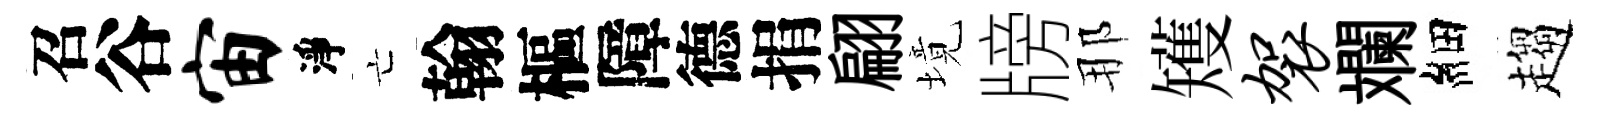
召谷宙淨亡翰樞障德捐翩境牓那矱袈斕細趨